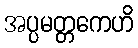
အပ္ပမတ္တကေဟိ